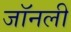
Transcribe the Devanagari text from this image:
जॉनली